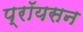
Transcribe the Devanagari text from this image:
प्रॉयसन